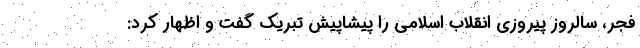
فجر، سالروز پیروزی انقلاب اسلامی را پیشاپیش تبریک گفت و اظهار کرد: